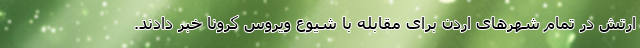
ارتش در تمام شهرهای اردن برای مقابله با شیوع ویروس کرونا خبر دادند.